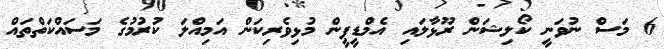
6 މަސް ނުވަނީ ކޯލިޝަން ރޫޅާލައި އެމްޑީޕީން މުޅިވެރިކަން އަމިއްލަ ކުރުމުގެ މަސައްކަތްތައް